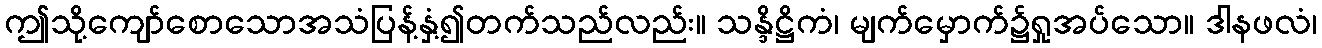
ဤသို့ကျော်စောသောအသံပြန့်နှံ့၍တက်သည်လည်း။ သန္ဒိဋ္ဌိကံ၊ မျက်မှောက်၌ရှုအပ်သော။ ဒါနဖလံ၊